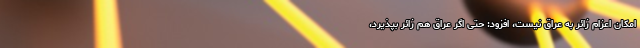
امکان اعزام زائر به عراق نیست، افزود: حتی اگر عراق هم زائر بپذیرد،